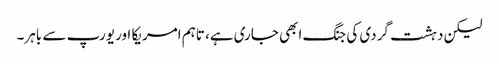
لیکن دہشت گردی کی جنگ ابھی جاری ہے، تاہم امریکا اور یورپ سے باہر۔